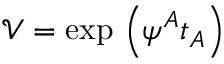
\mathcal { V } = \exp \, \left( \psi ^ { A } t _ { A } \right)